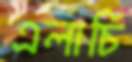
এলাচি